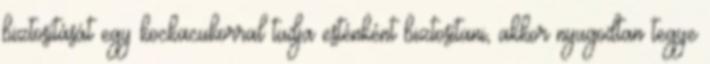
biztosítását egy kockacukorral tudja esténként biztosítani, akkor nyugodtan tegye